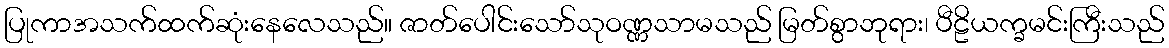
ပြုကာအသက်ထက်ဆုံးနေလေသည်။ ဇာတ်ပေါင်းသော်သုဝဏ္ဏသာမသည် မြတ်စွာဘုရား၊ ပီဠိယက္ခမင်းကြီးသည်